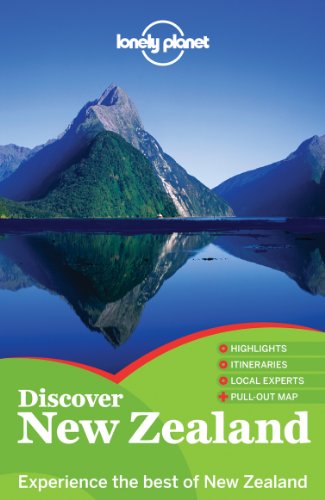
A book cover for Lonely Planet Discover New Zealand (Travel Guide); Lonely Planet; Travel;